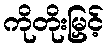
ကိုတိုးမြှင့်